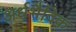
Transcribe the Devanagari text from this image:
अर्धभैदिक